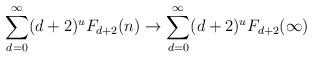
LaTeX: \begin{align*}\sum_{d=0}^{\infty} (d+2)^uF_{d+2}(n)\rightarrow \sum_{d=0}^{\infty} (d+2)^uF_{d+2}(\infty)\end{align*}